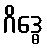
ဂိဒ္ဓေ